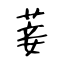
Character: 菨